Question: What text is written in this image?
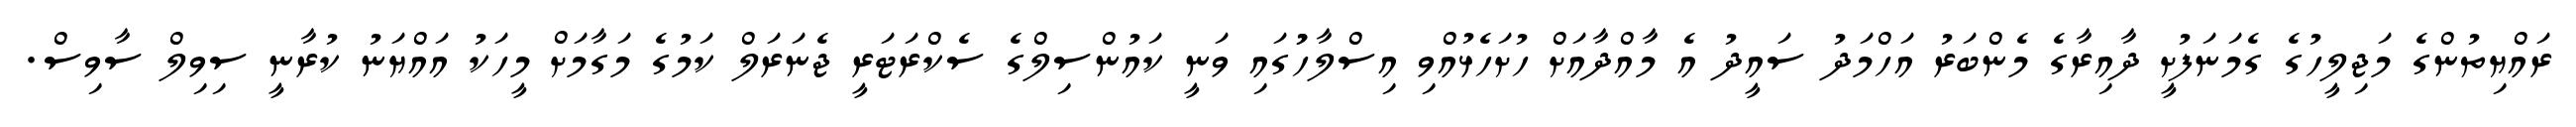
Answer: ރައްޔިތުންގެ މަޖިލީހުގެ ގެމަނަފުށީ ދާއިރާގެ މެންބަރު އަހްމަދު ސައީދު އެ މާއްދާއަށް ހުށަހެޅުއްވި އިސްލާހުުގައި ވަނީ ކައުންސިލްގެ ސެކްރަޓަރީ ޖެނަރަލް ކަމުގެ މަގާމަށް މީހަކު އައްޔަނު ކުރާނީ ސިވިލް ސާވިސް.